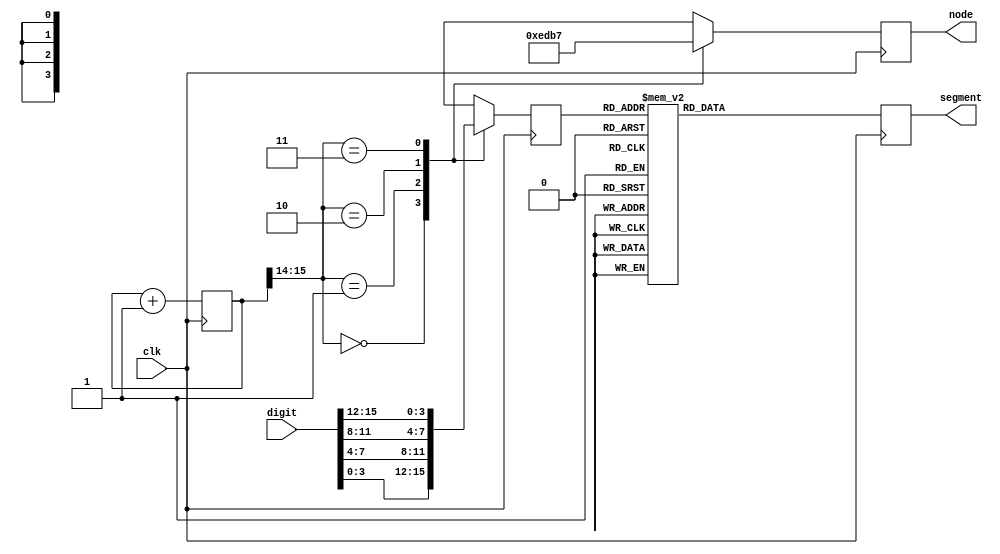
`timescale 1ns / 1ps
//////////////////////////////////////////////////////////////////////////////////
// Company: 
// Engineer: 
// 
// Design Name: 
// Module Name:    display 
// Project Name: 
// Target Devices: 
// Tool versions: 
// Description: 
//
// Dependencies: 
//
// Revision: 
// Revision 0.01 - File Created
// Additional Comments: 
//
//////////////////////////////////////////////////////////////////////////////////
module display( input wire  clk,
					input wire [15:0] digit,	//
					output reg [ 3:0] node, 	//4
					output reg [ 7:0] segment);	//+
	reg [3:0]  code  = 4'b0;
	reg [15:0] count = 15'b0;
	
	always @(posedge clk) begin
		case (count[15:14])		//(count[1:0]) 
			2'b00 : begin
						node <= 4'b1110; 
						code <= digit[3:0];
					end
			2'b01 : begin
						node <= 4'b1101;
						code <= digit[7:4];
					end
			2'b10 : begin
						node <= 4'b1011;
						code <= digit[11:8];
					end
			2'b11 : begin
						node <= 4'b0111;
						code <= digit[15:12];
					end
		endcase
		case (code)
			4'b0000: segment <= 8'b11000000;
			4'b0001: segment <= 8'b11111001;
			4'b0010: segment <= 8'b10100100;
			4'b0011: segment <= 8'b10110000;
			4'b0100: segment <= 8'b10011001;
			4'b0101: segment <= 8'b10010010;
			4'b0110: segment <= 8'b10000010;
			4'b0111: segment <= 8'b11111000;
			4'b1000: segment <= 8'b10000000;
			4'b1001: segment <= 8'b10010000;
			4'b1010: segment <= 8'b10001000;
			4'b1011: segment <= 8'b10000011;
			4'b1100: segment <= 8'b11000110;
			4'b1101: segment <= 8'b10100001;
			4'b1110: segment <= 8'b10000110;
			4'b1111: segment <= 8'b10001110;
			default: segment <= 8'b00000000;
		endcase
		count <= count + 1;
	end
endmodule